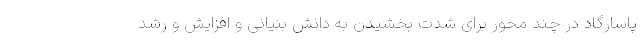
پاسارگاد در چند محور برای شدت بخشیدن به دانش بنیانی و افزایش و رشد